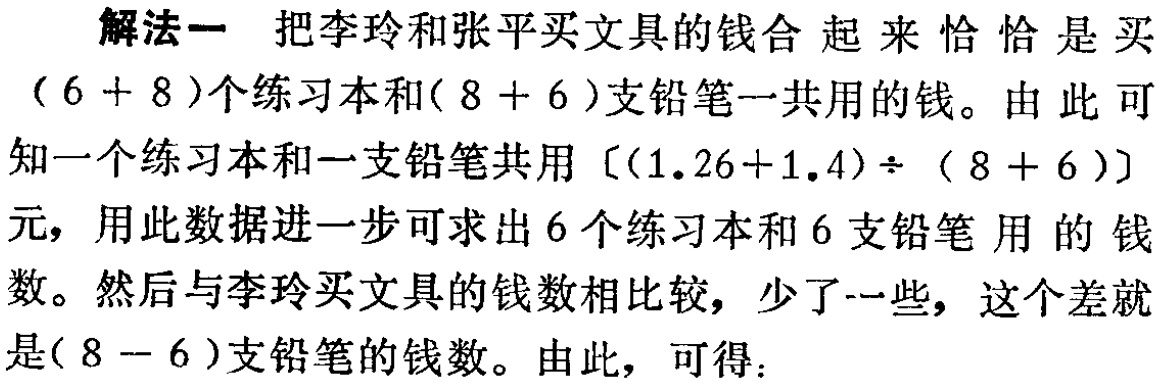
解法一 把李玲和张平买文具的钱合起来恰恰是买
\((6 + 8)\)个练习本和\((8 + 6)\)支铅笔一共用的钱。由此可
知一个练习本和一支铅笔共用\([(1.26 + 1.4)\div(8 + 6)]\)
元，用此数据进一步可求出\(6\)个练习本和\(6\)支铅笔用的钱
数。然后与李玲买文具的钱数相比较，少了一些，这个差就
是\((8 - 6)\)支铅笔的钱数。由此，可得：